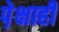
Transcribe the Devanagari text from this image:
पे़क्षाही